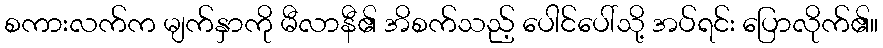
စကားလက်က မျက်နှာကို မီလာနီ၏ အိစက်သည့် ပေါင်ပေါ်သို့ အပ်ရင်း ပြောလိုက်၏။